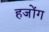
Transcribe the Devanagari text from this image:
हजोंग